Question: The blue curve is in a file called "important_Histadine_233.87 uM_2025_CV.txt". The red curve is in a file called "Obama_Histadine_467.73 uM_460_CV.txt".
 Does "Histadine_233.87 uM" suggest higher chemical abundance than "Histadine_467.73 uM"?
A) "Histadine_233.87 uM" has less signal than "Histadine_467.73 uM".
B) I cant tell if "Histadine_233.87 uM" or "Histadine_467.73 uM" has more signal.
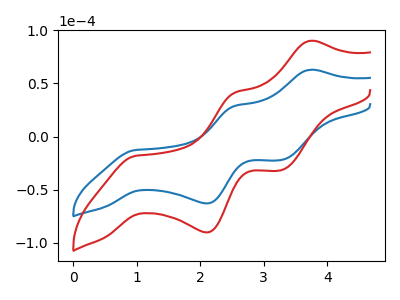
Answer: <think>The blue curve "Histadine_233.87 uM" has anodic peaks at (3.75V, 62.90uA) (2.55V, 28.80uA) and cathodic peaks at (1.00V, -12.70uA) (2.10V, -63.00uA) (3.25V, -22.15uA). The red curve "Histadine_467.73 uM" has anodic peaks at (3.75V, 90.20uA) (2.55V, 41.25uA) and cathodic peaks at (1.00V, -18.20uA) (2.10V, -90.25uA) (3.25V, -31.75uA).
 All the peaks in "Histadine_233.87 uM" have a peak in "Histadine_467.73 uM" at the same potential. Every peak in "Histadine_233.87 uM" is lower than every peak in "Histadine_467.73 uM".</think>
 <answer>A) "Histadine_233.87 uM" has less signal than "Histadine_467.73 uM".</answer>
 <eval>A</eval>